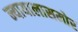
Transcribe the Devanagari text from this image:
न्यायालासमोर